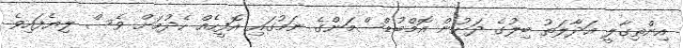
އިންތިގާލީ އަދާލަތު ބިލުގެ ދަށުން އޮމްބުޑްސްމަންގެ ނަމުގައި އޮފީހެއް ހެދުމަށް ވެސް ލިޔެފައިވެ